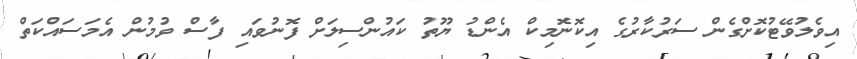
އިވެލުވޭޓުކޮށްގެން ސަރުކާރުގެ އިކޮނޮމިކް އެންޑު ޔޫތު ކައުންސިލަށް ފޮނުވައި ފާސް ވުމުން އެމަސައްކަތް